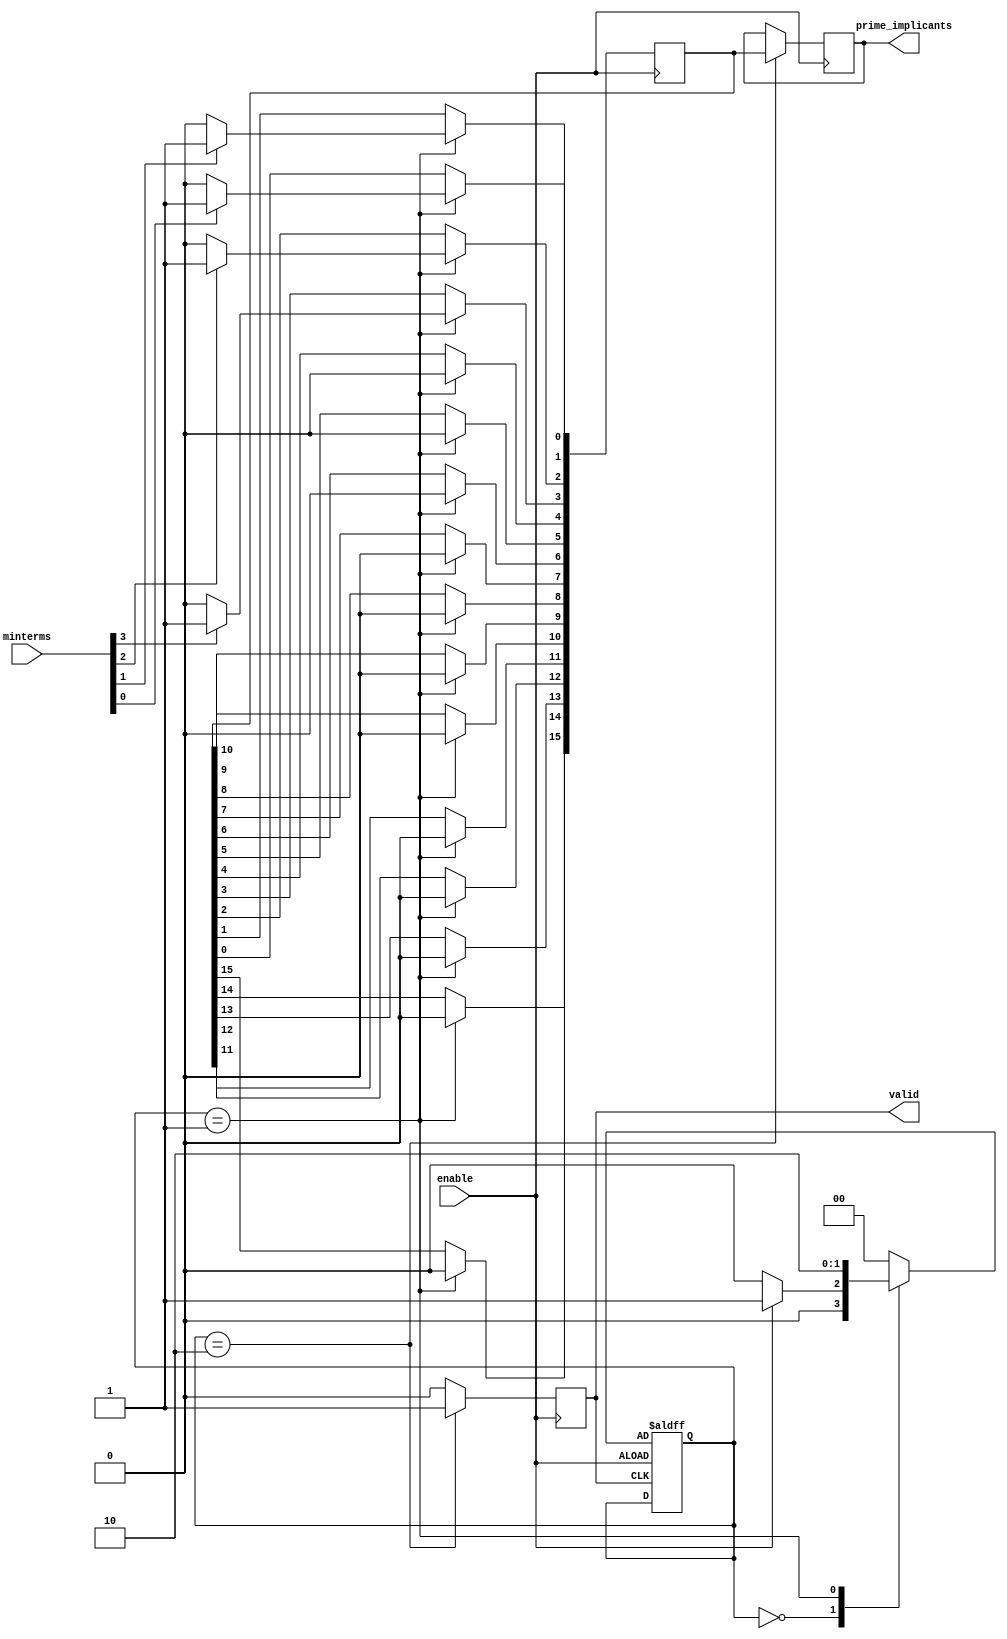
module PrimeImplicantGenerator (
    input wire [3:0] minterms,      // 4-bit input representing minterms (for 4 variables)
    input wire enable,               // Enable signal
    output reg [15:0] prime_implicants, // Output for prime implicants (16 possible implicants for 4 variables)
    output reg valid                 // Valid output signal
);

    // Internal variables
    reg [3:0] current_minterms;
    reg [15:0] implicant_list;
    integer i, j;

    // State definitions
    localparam IDLE = 2'b00,
               PROCESS = 2'b01,
               OUTPUT = 2'b10;

    reg [1:0] state, next_state;

    // Combinational logic for state transition
    always @(*) begin
        case (state)
            IDLE: begin
                if (enable) begin
                    next_state = PROCESS;
                end else begin
                    next_state = IDLE;
                end
            end
            PROCESS: begin
                next_state = OUTPUT;
            end
            OUTPUT: begin
                next_state = IDLE;
            end
            default: next_state = IDLE;
        endcase
    end

    // Sequential logic for state updates
    always @(posedge enable or posedge valid) begin
        if (enable) begin
            state <= next_state;
        end
    end

    // Process minterms and generate prime implicants
    always @(posedge enable) begin
        if (state == PROCESS) begin
            // Initialize
            current_minterms = minterms;
            implicant_list = 16'b0; // Clear implicant list

            // Example logic to identify prime implicants (simplified)
            for (i = 0; i < 16; i = i + 1) begin
                if (current_minterms[i]) begin
                    implicant_list[i] = 1'b1; // Mark minterm as prime implicant (simplified)
                end
            end
        end
    end

    // Output valid signal and prime implicants
    always @(posedge enable) begin
        if (state == OUTPUT) begin
            prime_implicants <= implicant_list;
            valid <= 1'b1; // Assert valid output
        end else begin
            valid <= 1'b0; // Deassert valid output
        end
    end

endmodule